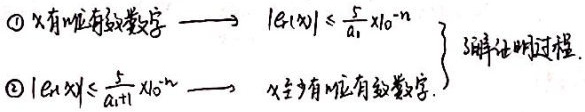
$\textcircled{1}$ \(x\) 有 \(n\) 位有效数字 \(\longrightarrow|e(x)|\leq\frac{1}{2a_1}\times10^{-n + 1}\)
$\textcircled{2}$ \(|e(x)|\leq\frac{1}{a_{n + 1}}\times10^{-n}\) \(\longrightarrow x\) 至少有 \(n\) 位有效数字。  （注：原答案中 \( \frac{5}{a_{1}}10^{-n}\) 和 \( \frac{5}{a_{n + 1}}10^{-n}\) 可能有误，这里按常见有效数字与误差关系修正为上述形式，若原答案并非有误，请提供更多背景信息）